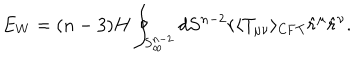
E _ { W } = ( n - 3 ) H \oint _ { S _ { \infty } ^ { n - 2 } } d S ^ { n - 2 } r \langle T _ { \mu \nu } \rangle _ { \mathrm { C F T } } \hat { r } ^ { \mu } \hat { r } ^ { \nu } .